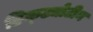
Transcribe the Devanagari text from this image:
डिक्ट्योटीन